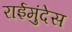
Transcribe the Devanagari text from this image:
राईमुंदेस